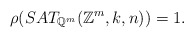
\begin{align*} \rho(SAT_{\mathbb{Q}^m}(\mathbb{Z}^m, k, n)) = 1.\end{align*}